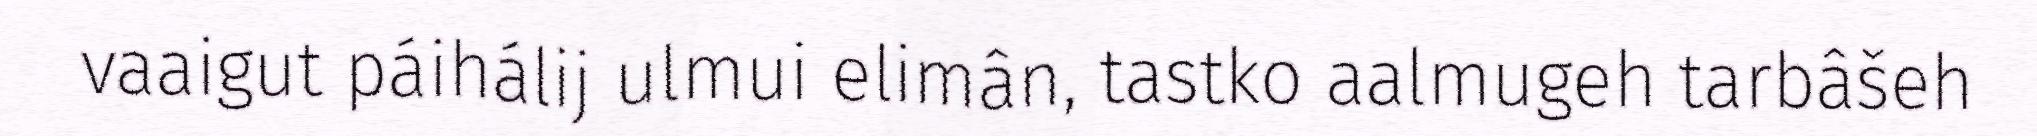
vaaigut páihálij ulmui elimân, tastko aalmugeh tarbâšeh